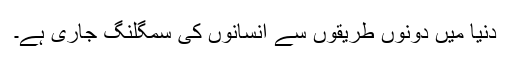
دنیا میں دونوں طریقوں سے انسانوں کی سمگلنگ جاری ہے۔